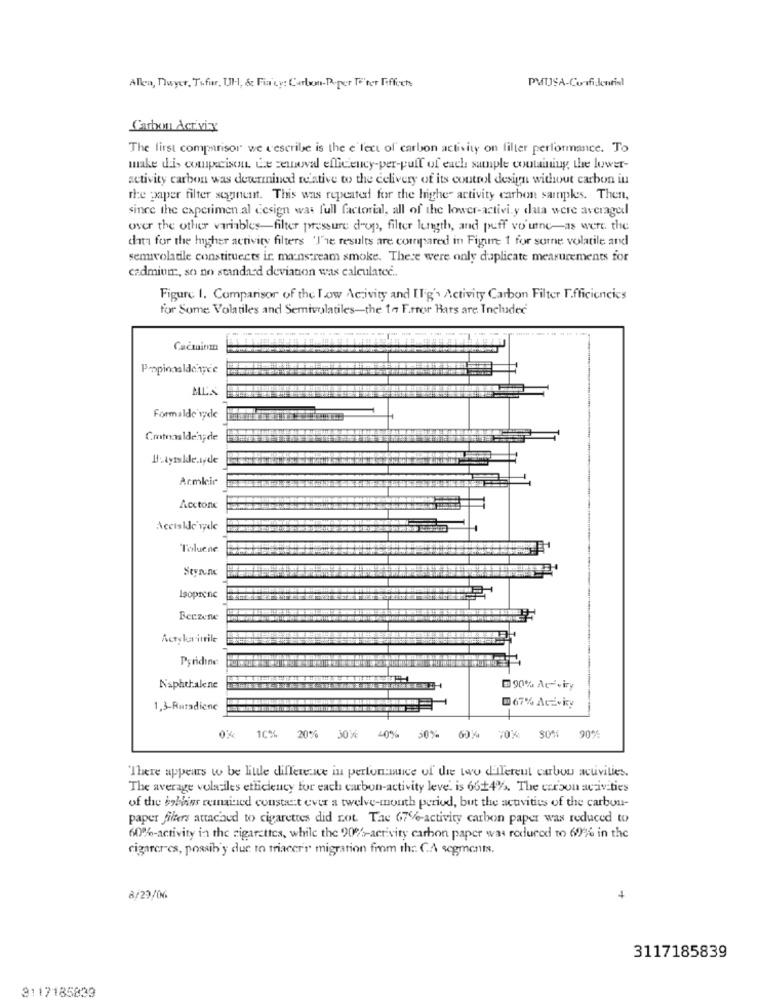
PMUSA-Confi-Jennisl
Allen, Dwyer, Tifier, Ul ., & Fia'cy: Carlos-Poper Te'ter Fiffoch
Carbon Activity
The first comparisor we describe is the e fect of carbon activity on filter performance. To
make dais comprecisou. Che zemnoval efficiency-per-pull of each sample containing the lower-
activity carbon was determined relative to the delivery of its control design without carbon in
the paper filter seginent. This was repeated for the higher activity carbon samples. Then,
since the capcrimen al design was full factorial, all of the lower-activi.y data were averaged
over the other variables-filter pressure drop, filter length, and puff vo' une-as were the
data for the higher activity filters The results are compared in Figure 1 for some volatile and
semivolatile constituents ir. mainstream smoke. There were only duplicate measurements for
cadmium, so no standard deviation was calculated ..
Figure I. Comparisor of the Low Activity and Elig's Activity Carbon Filter Efficiencies
for Some Volatiles and Semivolatiles-the 14 Error Bars are Included
Caćmienn
Formalde vyde
Cmtooalden;de
Betyralde.tyde
Armkir
Acctone
Toluene
Styrunc
Isoprene
Ecczene
Pyridine
Naphthal ne
90% Ar-viry
1,3-Ruradicne
067% Aczvky
10% 20%
30% 0%
50% 6074
90%%
"There appears to be little difference in perfonance of the two different curbou activities.
The average volatiles efficiency for each carbon-activity leve. is 6614%. The carbon activities
of the boblins remained constat ever a twelve-mouth period, but the activities of the carbon-
paper filters attached to cigarettes did not. Tae 67e-activity carbon paper was reduced to
60%-activity in the cigarettes, while the 90%-activity carbon paper was reduced to 60% in the
cigarcres, possibly due to mraccer migration from the CA segments.
8/29/06
4
3117185839
3117185833